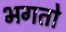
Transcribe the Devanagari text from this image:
भगतो